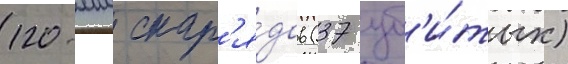
120-мм снар'я́дов (37 уб'и́тых)